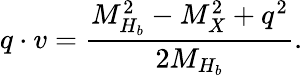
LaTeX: q\cdot v={\frac{M_{H_{b}}^{2}-M_{X}^{2}+q^{2}}{2M_{H_{b}}}}.